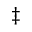
\ddagger